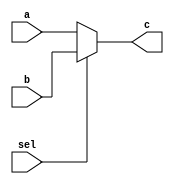
module mux_2to1(c,a,b,sel);
	input [31:0]a;
	input [31:0]b;
	input sel;
	output reg[31:0]c;
			
	always@(*)begin 
		c=a;
		if(sel==0)
			c=a;
		else if(sel==1)
			c=b;
	end
	
	
	
endmodule
/*--------------------------------------------------------------*/
module testbench_mux_2to1();
	reg [31:0]x,y;
	reg sel;
	wire [31:0]z;

	mux_2to1 myMux(z,x,y,sel);
	
	
initial begin
	x= 32'h0;
	y= 32'h0fff0;
	sel=0;
	$monitor("z= %b",z);
	#1 sel=1;
	#1 $monitor("z= %b",z);
end

endmodule